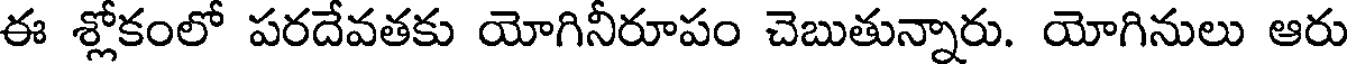
ఈ శ్లోకంలో పరదేవతకు యోగినీరూపం చెబుతున్నారు. యోగినులు ఆరు